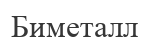
Биметалл